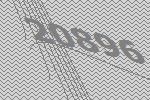
20896